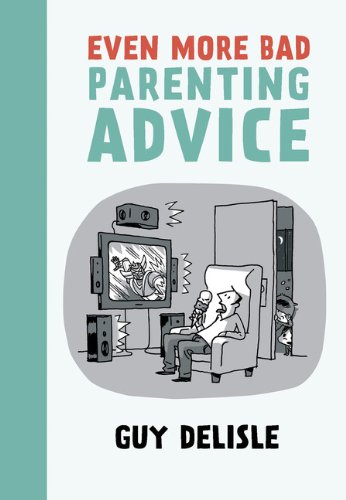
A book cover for Even More Bad Parenting Advice; Guy Delisle; Comics & Graphic Novels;